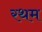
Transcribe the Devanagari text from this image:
रथम